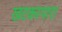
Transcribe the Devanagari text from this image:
खटकरपारा